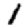
Digit: 1